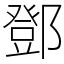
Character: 鄧